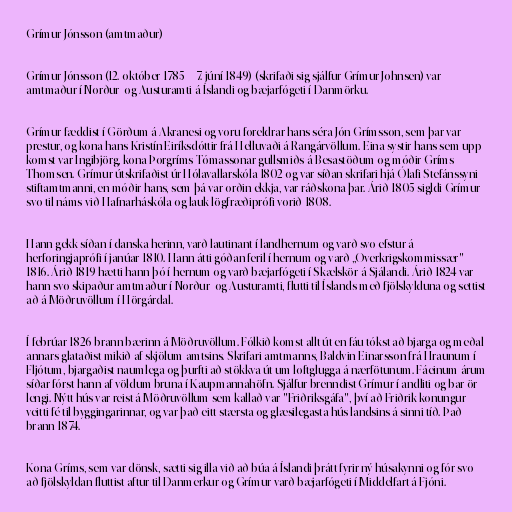
Grímur Jónsson (amtmaður)

Grímur Jónsson (12. október 1785 – 7. júní 1849) (skrifaði sig sjálfur Grímur Johnsen) var
amtmaður í Norður- og Austuramti á Íslandi og bæjarfógeti í Danmörku.

Grímur fæddist í Görðum á Akranesi og voru foreldrar hans séra Jón Grímsson, sem þar var
prestur, og kona hans Kristín Eiríksdóttir frá Helluvaði á Rangárvöllum. Eina systir hans sem upp
komst var Ingibjörg, kona Þorgríms Tómassonar gullsmiðs á Besastöðum og móðir Gríms
Thomsen. Grímur útskrifaðist úr Hólavallarskóla 1802 og var síðan skrifari hjá Ólafi Stefánssyni
stiftamtmanni, en móðir hans, sem þá var orðin ekkja, var ráðskona þar. Árið 1805 sigldi Grímur
svo til náms við Hafnarháskóla og lauk lögfræðiprófi vorið 1808.

Hann gekk síðan í danska herinn, varð lautinant í landhernum og varð svo efstur á
herforingjaprófi í janúar 1810. Hann átti góðan feril í hernum og varð „Overkrigskommissær"
1816. Árið 1819 hætti hann þó í hernum og varð bæjarfógeti í Skælskör á Sjálandi. Árið 1824 var
hann svo skipaður amtmaður í Norður- og Austuramti, flutti til Íslands með fjölskylduna og settist
að á Möðruvöllum í Hörgárdal.

Í febrúar 1826 brann bærinn á Möðruvöllum. Fólkið komst allt út en fáu tókst að bjarga og meðal
annars glataðist mikið af skjölum amtsins. Skrifari amtmanns, Baldvin Einarsson frá Hraunum í
Fljótum, bjargaðist naumlega og þurfti að stökkva út um loftglugga á nærfötunum. Fáeinum árum
síðar fórst hann af völdum bruna í Kaupmannahöfn. Sjálfur brenndist Grímur í andliti og bar ör
lengi. Nýtt hús var reist á Möðruvöllum sem kallað var "Friðriksgáfa", því að Friðrik konungur
veitti fé til byggingarinnar, og var það eitt stærsta og glæsilegasta hús landsins á sinni tíð. Það
brann 1874.

Kona Gríms, sem var dönsk, sætti sig illa við að búa á Íslandi þrátt fyrir ný húsakynni og fór svo
að fjölskyldan fluttist aftur til Danmerkur og Grímur varð bæjarfógeti í Middelfart á Fjóni.